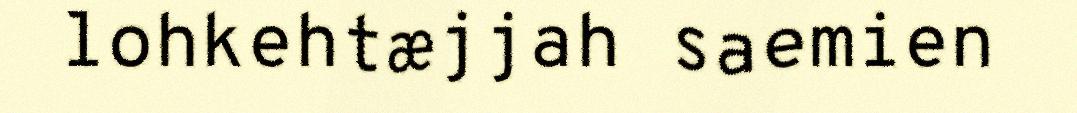
lohkehtæjjah saemien